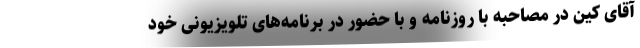
آقای کین در مصاحبه با روزنامه و با حضور در برنامه‌های تلویزیونی خود